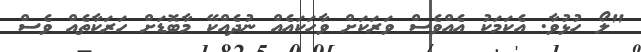
"ލޯ ހުޅުވާ. އެކަމަކު އެއްވެސް ވަރަކަށް ވާހަކައެއް ނުދެއްކޭ މާބޮޑަށް ހަރަކާތެއް ވެސް